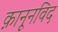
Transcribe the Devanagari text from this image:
क़ानूनविद